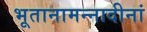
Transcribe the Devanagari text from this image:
भूतानामन्नादीनां